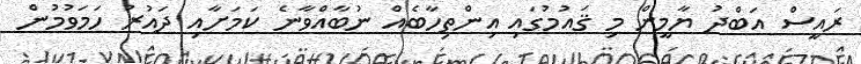
ރައީސް އަބްދު ޔާމީން މި ޤައުމުގައި އިންތިހާބެއް ނުބާއްވާނެ ކަމަށާއި ދައުރު ހަމަވުމުން